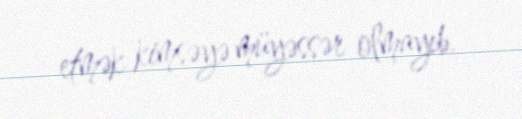
etmək kimsəyə müyəssər olmayıb.